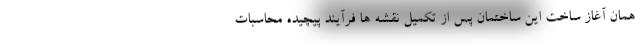
همان آغاز ساخت این ساختمان پس از تکمیل نقشه ها فرآیند پیچیده محاسبات